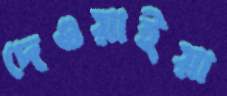
দেওয়াইয়া